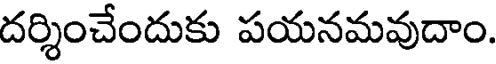
దర్శించేందుకు పయనమవుదాం.